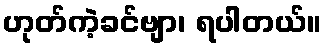
ဟုတ်ကဲ့ခင်ဗျာ၊ ရပါတယ်။